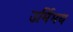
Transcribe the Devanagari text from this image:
उर्मिमय